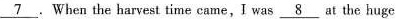
\underline{7}.When the harvest time came, I was \underline{8} at the huge